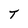
Character: T